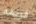
فريقه